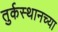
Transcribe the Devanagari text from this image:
तुर्कस्थानच्या